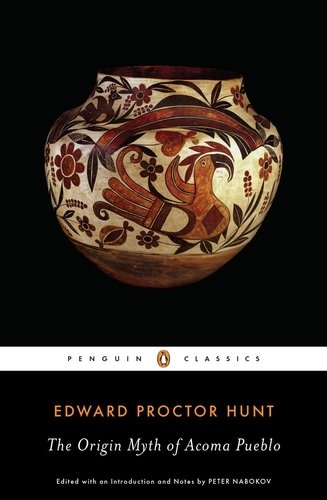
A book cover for The Origin Myth of Acoma Pueblo (Penguin Classics); Edward Proctor Hunt; History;